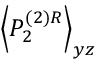
\left\langle P _ { 2 } ^ { ( 2 ) R } \right\rangle _ { y z }